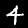
Digit: 4